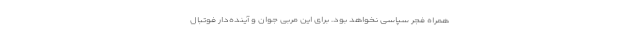
همراه فجر سپاسی نخواهد بود. برای این مربی جوان و آینده‌دار فوتبال